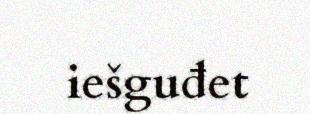
iešguđet